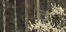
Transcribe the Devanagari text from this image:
ठ्र्